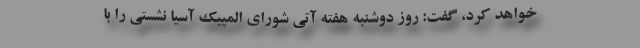
خواهد کرد، گفت: روز دوشنبه هفته آتی شورای المپیک آسیا نشستی را با